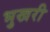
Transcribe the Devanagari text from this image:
भुखरी